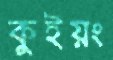
কুইয়ং